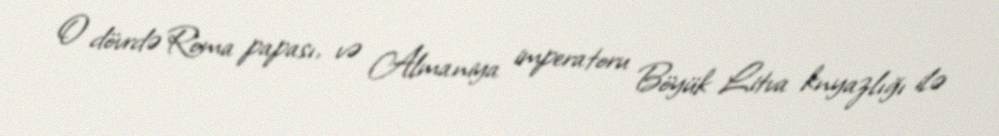
O dövrdə Roma papası, və Almaniya imperatoru Böyük Litva knyazlığı ilə